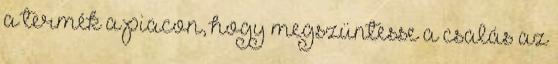
a termék a piacon, hogy megszüntesse a csalás az